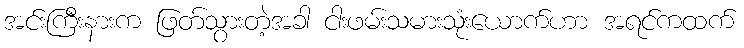
အင်းကြီးနားက ဖြတ်သွားတဲ့အခါ ငါးဖမ်းသမားသုံးယောက်ဟာ အရင်ကထက်